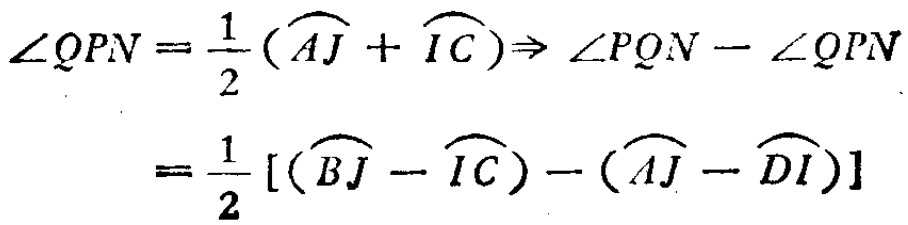
\[\begin{align*}
\angle QPN&=\frac{1}{2}(\overset{\frown}{AJ}+\overset{\frown}{IC})\Rightarrow\angle PQN - \angle QPN\\
&=\frac{1}{2}[(\overset{\frown}{BJ}-\overset{\frown}{IC})-(\overset{\frown}{AJ}-\overset{\frown}{DI})]
\end{align*}\]